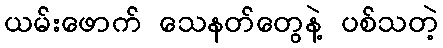
ယမ်းဖောက် သေနတ်တွေနဲ့ ပစ်သတဲ့